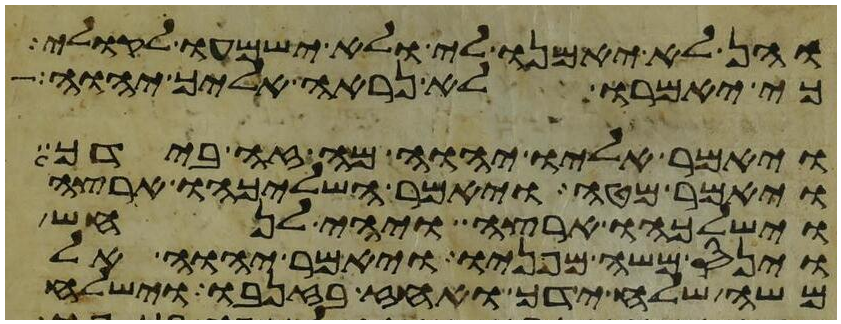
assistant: והן לא יאמנו לי ולא ישמעו לקולי
כי יאמרו לא נראה אליך יהוה
ויאמר אליו יהוה מה זה בידך
ויאמר מטה ויאמר השליכהו ארצה
וישלכהו ארצה ויהי לנחש
וינס משה מפניו ויאמר יהוה אל
משה שלח ידך ואחז בזנבו וישלח